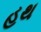
હથ